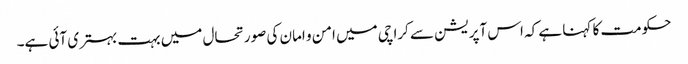
حکومت کا کہنا ہے کہ اس آپریشن سے کراچی میں امن و امان کی صورتحال میں بہت بہتری آئی ہے۔